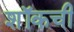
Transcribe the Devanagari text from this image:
शॉकची